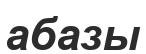
абазы